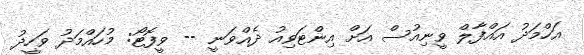
އަހްމަދު އައްފާލް ވީނިއުސް އަށް އިންޓަވިއު ދެއްވަނީ -- ވީފޮޓޯ: މުހައްމަދު ވަހީދު